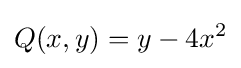
Q(x,y)=y-4x^{2}